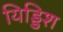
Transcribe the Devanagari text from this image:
यिड्डिश